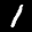
Label: 1